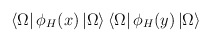
\begin{align*}\left< \Omega \right| \phi _{H}(x)\left| \Omega \right> \left< \Omega \right| \phi _{H}(y)\left| \Omega \right>\end{align*}